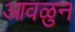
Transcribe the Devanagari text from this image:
आवळुन